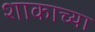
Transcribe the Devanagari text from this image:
शाकाच्या